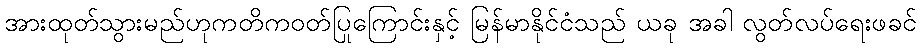
အားထုတ်သွားမည်ဟုကတိကဝတ်ပြုကြောင်းနှင့် မြန်မာနိုင်ငံသည် ယခု အခါ လွတ်လပ်ရေးဖခင်